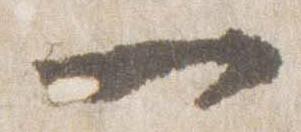
一